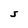
Character: S